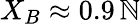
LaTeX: X_{B}\approx0.9\, \mathbb{N}